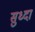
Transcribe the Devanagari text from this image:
सुध्‍दा